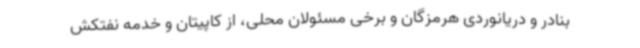
بنادر و دریانوردی هرمزگان و برخی مسئولان محلی، از کاپیتان و خدمه نفتکش